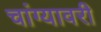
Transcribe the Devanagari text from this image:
चांग्यावरी